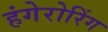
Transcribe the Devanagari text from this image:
हंगेरोरिंग